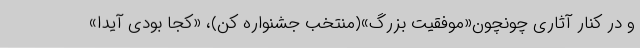
و در کنار آثاری چونچون«موفقیت بزرگ»(منتخب جشنواره کن)، «کجا بودی آیدا»